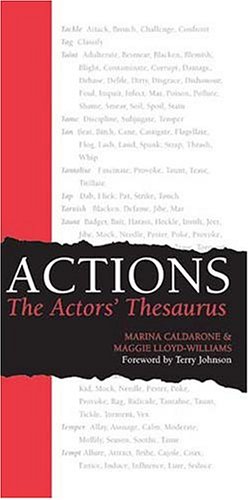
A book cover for Actions: The Actors' Thesaurus; Marina Caldarone; Humor & Entertainment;